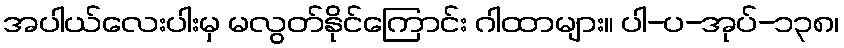
အပါယ်လေးပါးမှ မလွတ်နိုင်ကြောင်း ဂါထာများ။ ပါ-ပ-အုပ်-၁၃၈၊